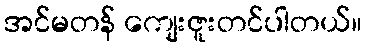
အင်မတန် ကျေးဇူးတင်ပါတယ်။